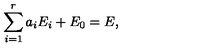
\sum _ { i = 1 } ^ { r } a _ { i } E _ { i } + E _ { 0 } = E ,